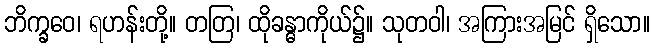
ဘိက္ခဝေ၊ ရဟန်းတို့။ တတြ၊ ထိုခန္ဓာကိုယ်၌။ သုတဝါ၊ အကြားအမြင် ရှိသော။